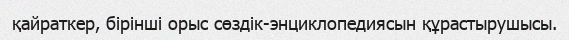
қайраткер, бірінші орыс сөздік-энциклопедиясын құрастырушысы.